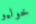
خوليو